画像に写った文字を読んでください
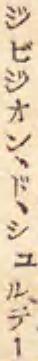
「ジビジオン、ドヽシュル、テー」と書いてあります